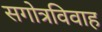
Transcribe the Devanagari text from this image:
सगोत्रविवाह